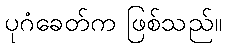
ပုဂံခေတ်က ဖြစ်သည်။